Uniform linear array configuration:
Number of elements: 24
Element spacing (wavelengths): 0.25
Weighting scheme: cosine
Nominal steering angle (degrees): -45
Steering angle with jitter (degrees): -44.73
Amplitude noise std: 0.05
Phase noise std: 0.05

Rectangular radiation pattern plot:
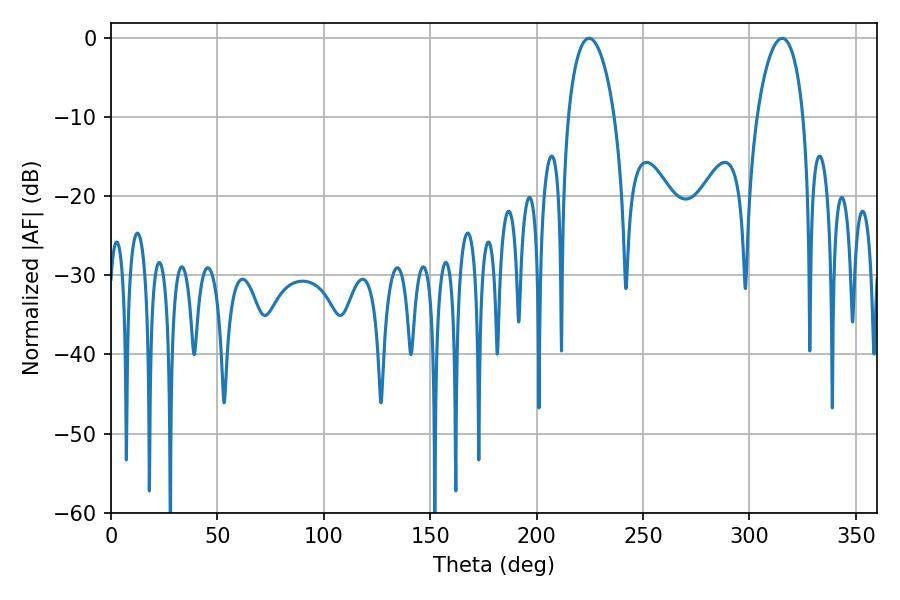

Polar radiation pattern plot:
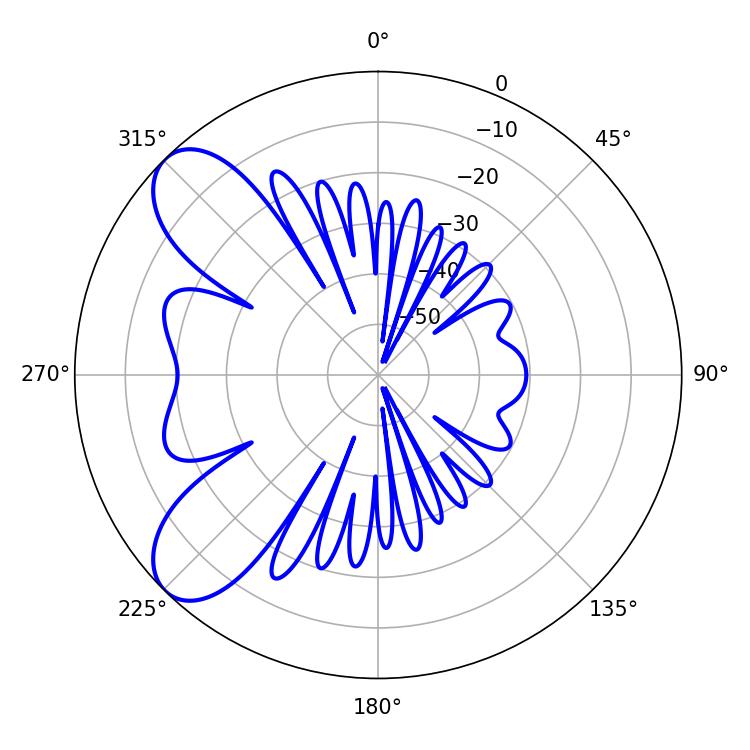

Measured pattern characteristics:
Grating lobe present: FALSE
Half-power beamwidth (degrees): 12.42
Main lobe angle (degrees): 224.64